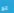
مع